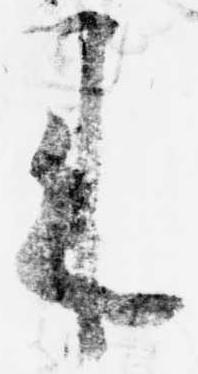
来